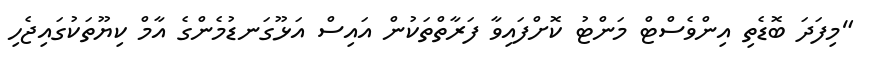
"މިފަދަ ބޮޑެތި އިންވެސްޓް މަންޓު ކޮށްފައިވާ ފަރާތްތަކުން އައިސް އަޅޫގަނޑުމެންގެ އާމް ކިޔޫތަކުގައިޖެހި